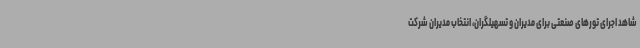
شاهد اجرای تورهای صنعتی برای مدیران و تسهیلگران، انتخاب مدیران شرکت